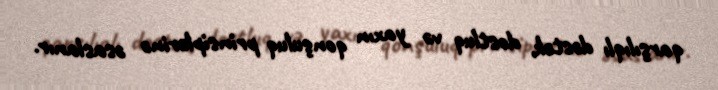
qarşılıqlı dəstək, dostluq və yaxın qonşuluq prinsiplərinə əsaslanır.